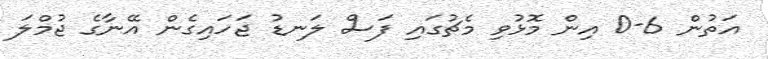
އަތުން 6-0 އިން މޮޅުވި މެޗުގައި ފަސް ލަނޑު ޖަހައިގެން އޭނާގެ ޖުމްލަ